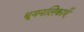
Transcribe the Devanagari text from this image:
धूमनलिकाएँ